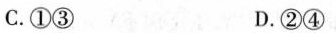
C.①③ D.②④